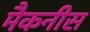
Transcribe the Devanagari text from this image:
मैकनीस